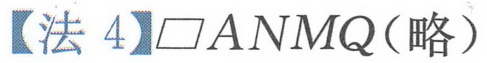
【法 4】$\square ANMQ$(略）